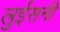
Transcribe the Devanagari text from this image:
लुईसनी